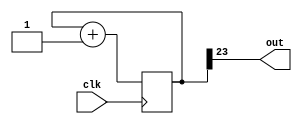
module top (
        input wire clk,
        output wire out);
    reg [23:0] counter;
    assign out = counter[23];

    always @(posedge clk) begin
        counter <= counter + 1;
    end
endmodule